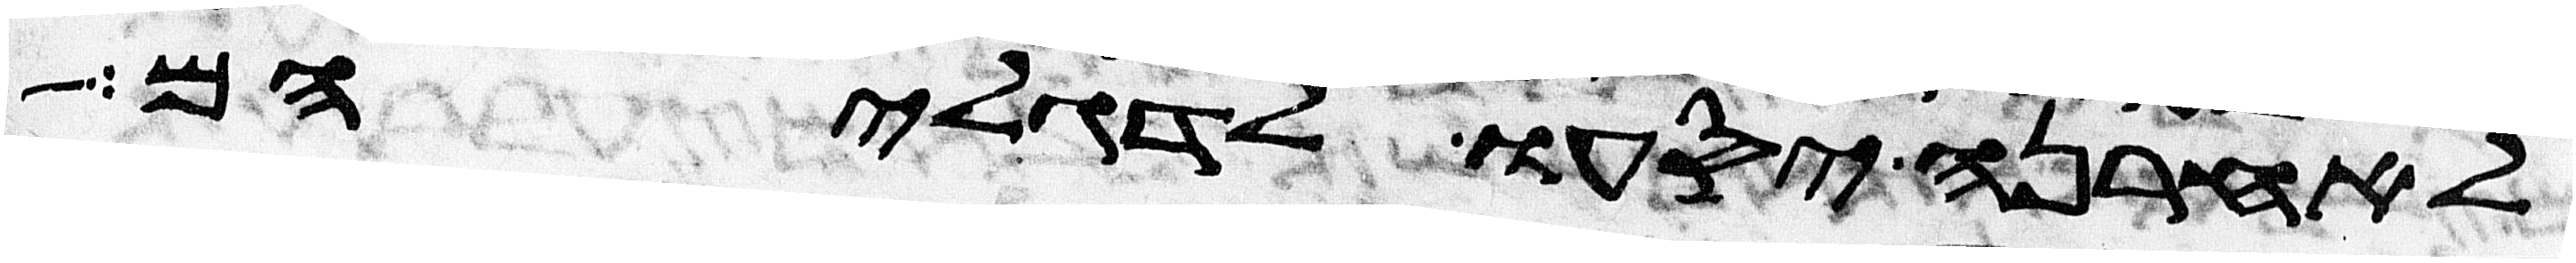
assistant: לאחרנה יסעו לדגליהם